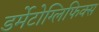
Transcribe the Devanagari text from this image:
डर्मेटोग्लिफिक्स